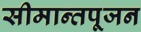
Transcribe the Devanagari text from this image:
सीमान्तपूजन